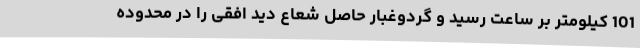
101 کیلومتر بر ساعت رسید و گردوغبار حاصل شعاع دید افقی را در محدوده